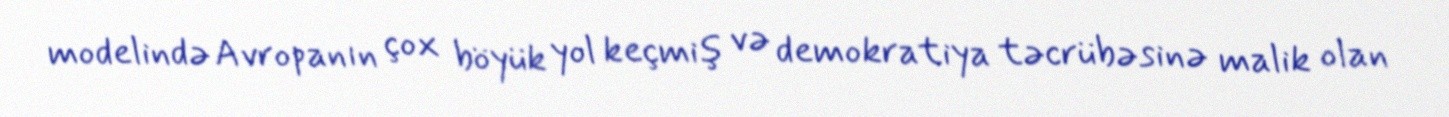
modelində Avropanın çox böyük yol keçmiş və demokratiya təcrübəsinə malik olan